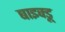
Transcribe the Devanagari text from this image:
बाइक्डू